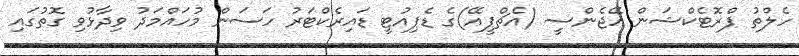
ހެލްތު ޕްރޮޓެކްޝަން އޭޖެންސީ (އެޗްޕީއޭ)ގެ ޑެޕިއުޓީ ޑައިރެކްޓަރު ހަސަން މުހައްމަދު ވިދާޅުވި ގޮތުގައި